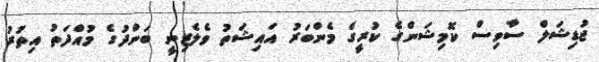
ޖުޑިޝަލް ސާވިސް ކޮމިޝަންގެ ކުރީގެ މެންބަރު އައިޝަތު ވެލެޒިނީ ބަންދުގެ މުއްދަތު އިތުރު